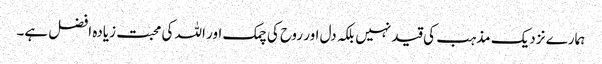
ہمارے نزدیک مذہب کی قید نہیں بلکہ دل اور روح کی چمک اور اللہ کی محبت زیادہ افضل ہے۔